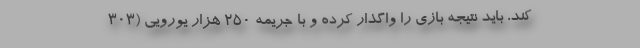
کند، باید نتیجه بازی را واگذار کرده و با جریمه 250 هزار یورویی (303